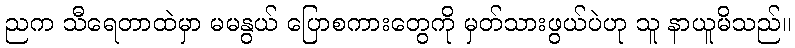
ညက သီရေတာထဲမှာ မမနွယ် ပြောစကားတွေကို မှတ်သားဖွယ်ပဲဟု သူ နာယူမိသည်။